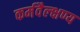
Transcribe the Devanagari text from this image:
कर्मवैल्क्षण्य